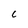
Character: C